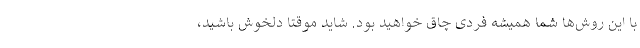
با این روش‌ها شما همیشه فردی چاق خواهید بود. شاید موقتا دلخوش باشید،